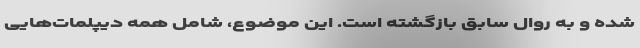
شده و به روال سابق بازگشته است. این موضوع، شامل همه دیپلمات‌هایی